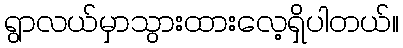
ရွာလယ်မှာသွားထားလေ့ရှိပါတယ်။